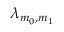
\lambda _ { m _ { 0 } , m _ { 1 } }